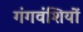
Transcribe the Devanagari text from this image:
गंगवंशियों